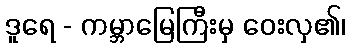
ဒူရေ - ကမ္ဘာမြေကြီးမှ ဝေးလှ၏၊